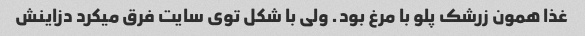
غذا همون زرشک پلو با مرغ بود. ولی با شکل توی سایت فرق میکرد دزاینش